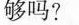
够吗?